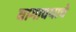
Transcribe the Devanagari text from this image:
वागावयाचे